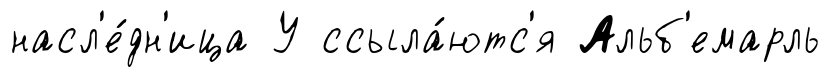
насл'е́дн'ица У ссыла́ютс'я Альб'емарль